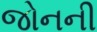
જોનની